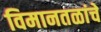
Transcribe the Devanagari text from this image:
विमानतळांचे